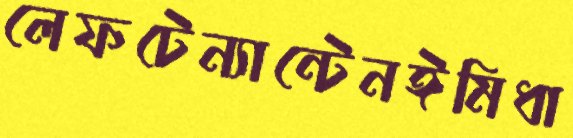
লেফটেন্যান্টেনঈমিধা